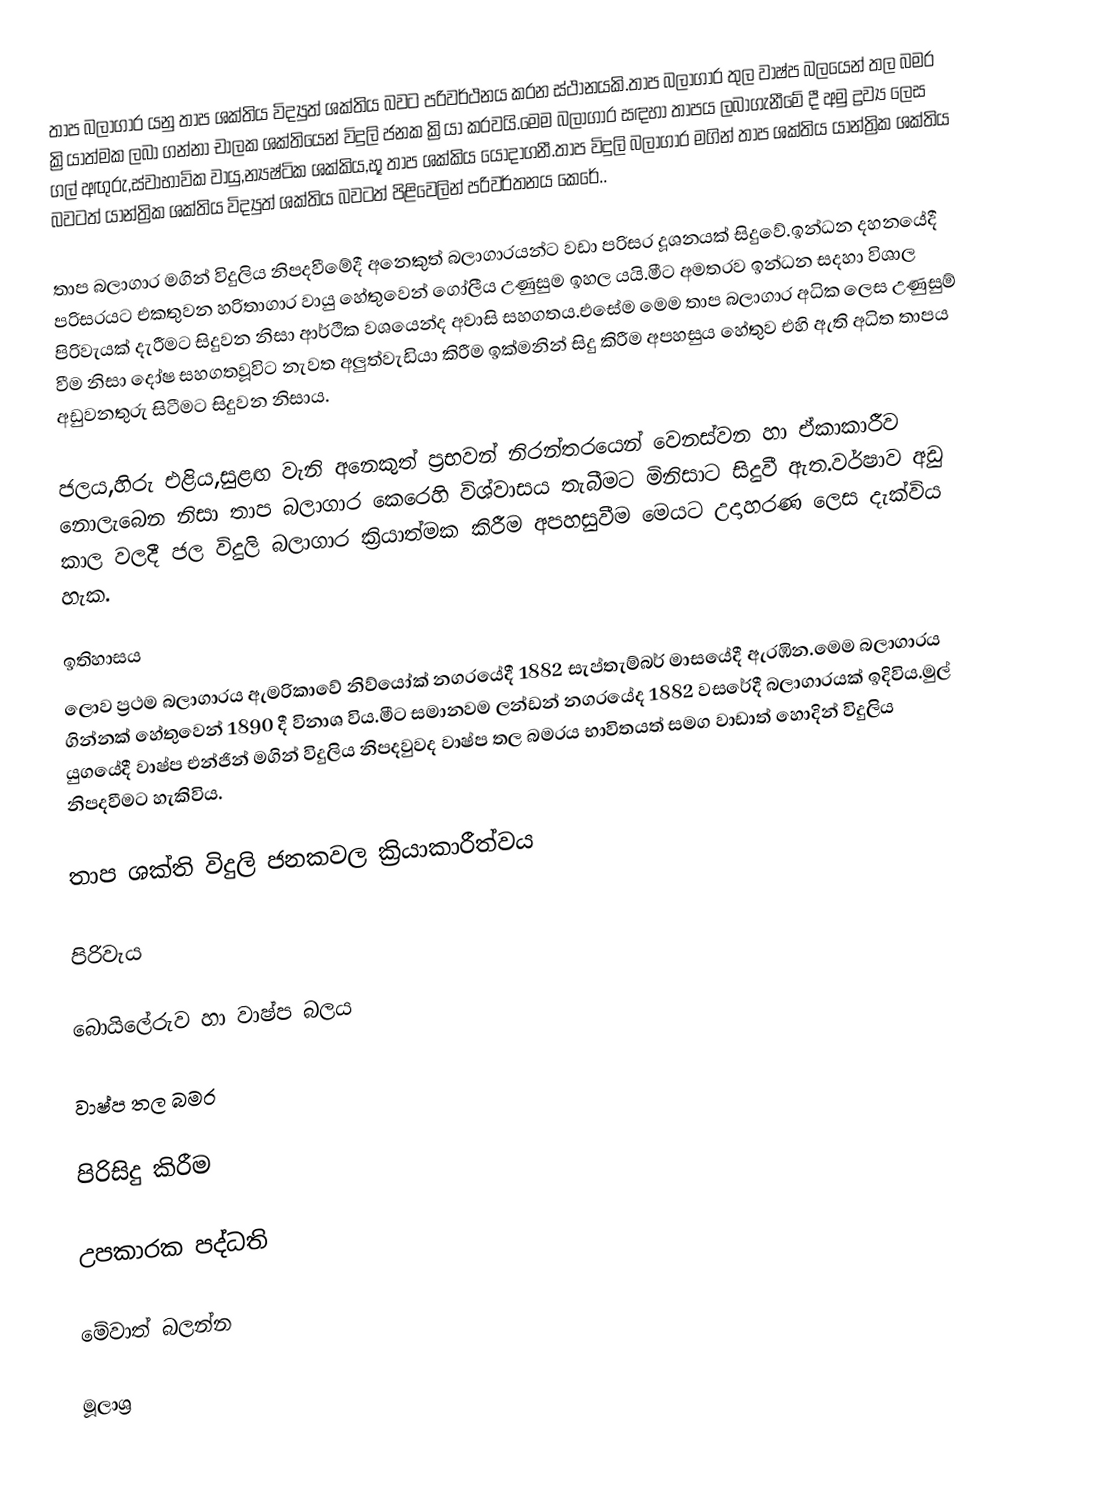
තාප බලාගාර යනු  තාප ශක්තිය විද්‍යුත් ශක්තිය බවට පරිවර්ථනය කරන ස්ථානයකි.තාප බලාගාර තුල වාෂ්ප බලයෙන් තල බමර ක්‍රියාත්මක ලබා ගන්නා චාලක ශක්තියෙන්  විදුලි ජනක ක්‍රියා කරවයි.මෙම බලාගාර සඳහා තාපය ලබාගැනීමේ දී අමු ද්‍රව්‍ය ලෙස ගල් අඟුරු,ස්වාභාවික වායු,න්‍යෂ්ටික ශක්කිය,භූ තාප ශක්කිය යොදාගනී.තාප විදුලි බලාගාර මගින් තාප ශක්තිය යාන්ත්‍රික ශක්තිය බවටත් යාන්ත්‍රික ශක්තිය විද්‍යුත් ශක්තිය බවටත් පිළිවෙලින් පරිවර්තනය කෙරේ..

තාප බලාගාර මගින් විදුලිය නිපදවීමේදී අනෙකුත් බලාගාරයන්ට වඩා පරිසර දූශනයක් සිදුවේ.ඉන්ධන දහනයේදී පරිසරයට එකතුවන හරිතාගාර වායු හේතුවෙන් ගෝලීය උණුසුම ඉහල යයි.මීට අමතරව ඉන්ධන සදහා විශාල පිරිවැයක් දැරීමට සිදුවන නිසා ආර්ථික වශයෙන්ද අවාසි සහගතය.එසේම මෙම තාප බලාගාර අධික ලෙස උණුසුම් වීම නිසා දෝෂ සහගතවූවිට නැවත අලුත්වැඩියා කිරීම ඉක්මනින් සිදු කිරීම අපහසුය හේතුව එහි ඇති අධිත තාපය අඩුවනතුරු සිටීමට සිදුවන නිසාය.

ජලය,හිරු එළිය,සුළඟ වැනි අනෙකුත් ප්‍රභවන් නිරන්තරයෙන් වෙනස්වන හා ඒකාකාරීව නොලැබෙන නිසා තාප බලාගාර කෙරෙහි විශ්වාසය තැබීමට මිනිසාට සිදුවී ඇත.වර්ෂාව අඩු කාල වලදී ජල විදුලි බලාගාර ක්‍රියාත්මක කිරීම අපහසුවීම මෙයට උදාහරණ ලෙස දැක්විය හැක.

ඉතිහාසය
ලොව ප්‍රථම බලාගාරය ඇමරිකාවේ නිව්යෝක් නගරයේදී 1882 සැප්තැම්බර් මාසයේදී ඇරඹින.මෙම බලාගාරය ගින්නක් හේතුවෙන් 1890 දී විනාශ විය.මීට සමානවම ලන්ඩන් නගරයේද 1882 වසරේදී බලාගාරයක් ඉදිවිය.මුල් යුගයේදී වාෂ්ප එන්ජින් මගින් විදුලිය නිපදවුවද වාෂ්ප තල බමරය භාවිතයත් සමග වාඩාත් හොදින් විදුලිය නිපදවීමට හැකිවිය.

තාප ශක්ති විදුලි ජනකවල ක්‍රියාකාරීත්වය

පිරිවැය

බොයිලේරුව හා වාෂ්ප බලය

වාෂ්ප තල බමර

පිරිසිදු කිරීම

උපකාරක පද්ධති

මේවාත් බලන්න

මූලාශ්‍ර